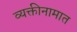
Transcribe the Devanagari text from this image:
व्यक्तीनामात